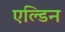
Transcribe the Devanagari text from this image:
एल्डिन